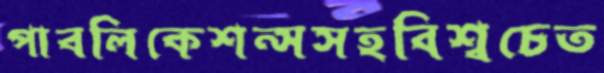
পাবলিকেশন্সসহবিশ্বচেত